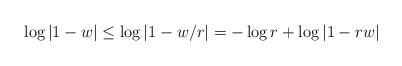
LaTeX: \begin{align*}\log|1-w|\le \log|1-w/r|=-\log r+\log|1-rw|\end{align*}